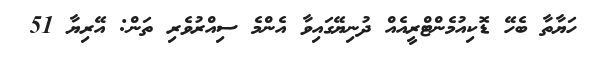
ހަޔާތާ ބެހޭ ޑޮކިއުމެންޓްރީއެއް ދުނިޔޭގައިވާ އެންމެ ސިއްރުވެރި ތަން: އޭރިޔާ 51